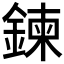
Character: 鍊